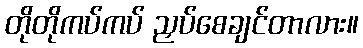
တိုတိုကပ်ကပ် ညှပ်စေချင်တာလား။